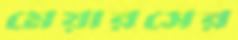
মেয়ারসের